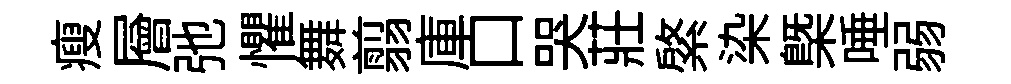
瘦層弛懼舞翦庫口哭莊綮染㮣唾弱